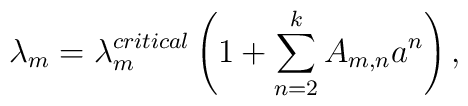
\lambda_m=\lambda_m^{critical}\left(1+\sum_{n=2}^kA_{m,n}a^n\right),